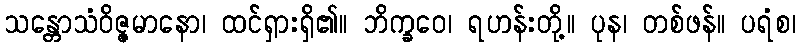
သန္တောသံဝိဇ္ဇမာနော၊ ထင်ရှားရှိ၏။ ဘိက္ခဝေ၊ ရဟန်းတို့။ ပုန၊ တစ်ဖန်။ ပရံစ၊